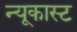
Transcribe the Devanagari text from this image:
न्यूकास्ट